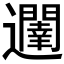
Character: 𮟥